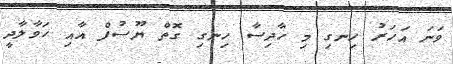
ވަނަ އަހަރު ހިނގި މި ހާދިސާ ހިނގި ގޮތް ޔޫސުފް އާއި ހަވާލާދީ